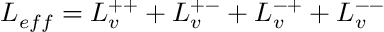
{ \cal L } _ { e f f } = { \cal L } _ { v } ^ { + + } + { \cal L } _ { v } ^ { + - } + { \cal L } _ { v } ^ { - + } + { \cal L } _ { v } ^ { -- }